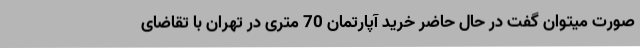
صورت میتوان گفت در حال حاضر خرید آپارتمان 70 متری در تهران با تقاضای